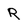
Character: R